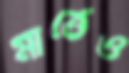
মাত্তেও